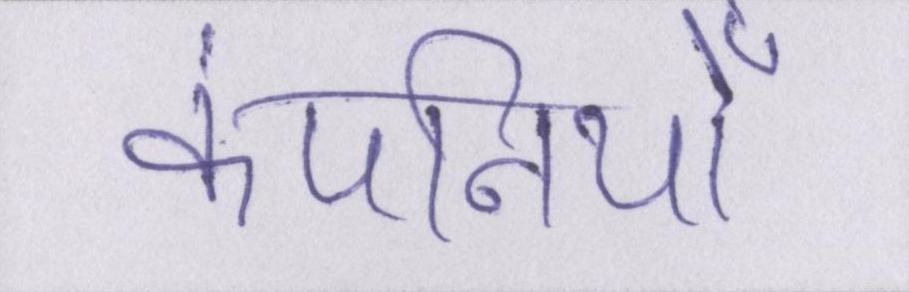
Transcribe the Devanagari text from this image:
कंपनियोँ